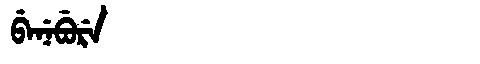
Manchu: ᠪᡝᠨᡝᠪᡠᡵᡝ
Romanization: BENEBURE